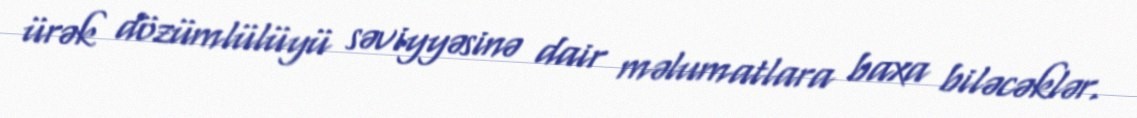
ürək dözümlülüyü səviyyəsinə dair məlumatlara baxa biləcəklər.